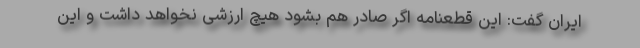
ایران گفت: این قطعنامه اگر صادر هم بشود هیچ ارزشی نخواهد داشت و این